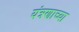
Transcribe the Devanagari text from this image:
यंत्रणाच्या